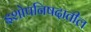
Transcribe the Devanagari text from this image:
इशोपनिषदातील